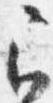
召